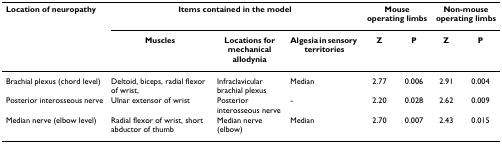
| Location of neuropathy | <COLSPAN=3> Items contained in the model | <COLSPAN=2> Mouse operating limbs | <COLSPAN=2> Non-mouse operating limbs |
 |  | Muscles | Locations for mechanical allodynia | Algesia in sensory territories | Z | P | Z | P |
 | --- | --- | --- | --- | --- | --- | --- | --- |
 | Brachial plexus (chord level) | Deltoid, biceps, radial flexor of wrist, | Infraclavicular brachial plexus | Median | 2.77 | 0.006 | 2.91 | 0.004 |
 | Posterior interosseous nerve | Ulnar extensor of wrist | Posterior interosseous nerve | - | 2.20 | 0.028 | 2.62 | 0.009 |
 | Median nerve (elbow level) | Radial flexor of wrist, short abductor of thumb | Median nerve (elbow) | Median | 2.70 | 0.007 | 2.43 | 0.015 |